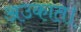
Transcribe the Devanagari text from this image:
अउकात।